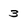
Character: 3